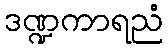
ဒဏ္ဍကာရညံ